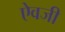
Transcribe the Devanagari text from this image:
एेवजी